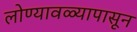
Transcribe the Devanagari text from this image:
लोण्यावळ्यापासून